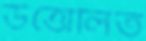
উত্তোলিত